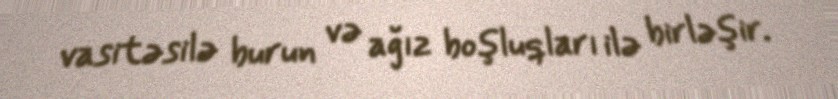
vasitəsilə burun və ağız boşluqları ilə birləşir.